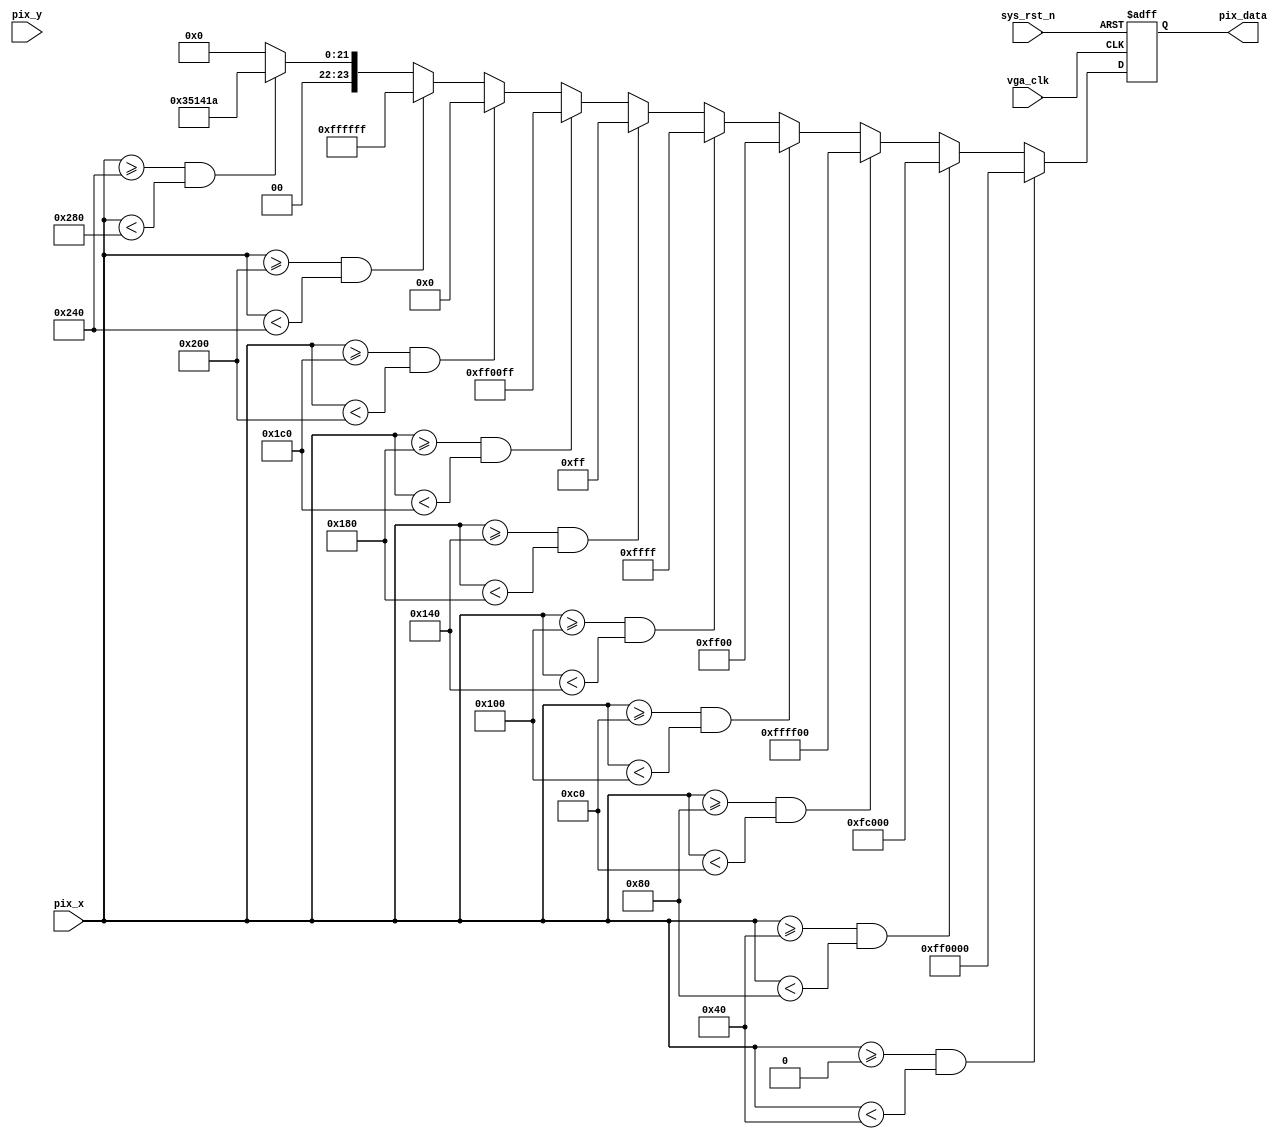
module VGA_pic(
input wire vga_clk , 		//,25MHz
input wire sys_rst_n , 		//,
input wire [9:0] pix_x , 	//X
input wire [9:0] pix_y , 	//Y

output reg [23:0] pix_data //
);

 //parameter define
 parameter H_VALID = 10'd640 , 	//
 V_VALID = 10'd480 ; 				//

 parameter RED = 24'hFF0000, 	//
 ORANGE = 24'hFC000, 			//
 YELLOW = 24'hFFFF00, 			//
 GREEN = 24'h00FF00, 			//
 CYAN = 24'h00FFFF, 				//
 BLUE = 24'h0000FF, 				//
 PURPPLE = 24'hFF00FF, 			//
 BLACK = 24'h000000, 			//
 WHITE = 24'hFFFFFF, 			//
 GRAY = 24'h35141A; 				//

 //pix_data:,
 always@(posedge vga_clk or negedge sys_rst_n)
 if(sys_rst_n == 1'b0)
 pix_data <= 24'd0;
 else if((pix_x >= 0) && (pix_x < (H_VALID/10)*1))
 pix_data <= RED;
 else if((pix_x >= (H_VALID/10)*1) && (pix_x < (H_VALID/10)*2))
 pix_data <= ORANGE;
 else if((pix_x >= (H_VALID/10)*2) && (pix_x < (H_VALID/10)*3))
 pix_data <= YELLOW;
 else if((pix_x >= (H_VALID/10)*3) && (pix_x < (H_VALID/10)*4))
 pix_data <= GREEN;
 else if((pix_x >= (H_VALID/10)*4) && (pix_x < (H_VALID/10)*5))
 pix_data <= CYAN;
 else if((pix_x >= (H_VALID/10)*5) && (pix_x < (H_VALID/10)*6))
 pix_data <= BLUE;
 else if((pix_x >= (H_VALID/10)*6) && (pix_x < (H_VALID/10)*7))
 pix_data <= PURPPLE;
 else if((pix_x >= (H_VALID/10)*7) && (pix_x < (H_VALID/10)*8))
 pix_data <= BLACK;
 else if((pix_x >= (H_VALID/10)*8) && (pix_x < (H_VALID/10)*9))
 pix_data <= WHITE;
 else if((pix_x >= (H_VALID/10)*9) && (pix_x < H_VALID))
 pix_data <= GRAY;
 else
 pix_data <= BLACK;

 endmodule